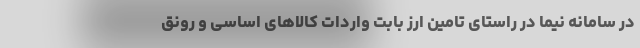
در سامانه نیما در راستای تامین ارز بابت واردات کالاهای اساسی و رونق